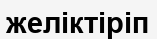
желіктіріп